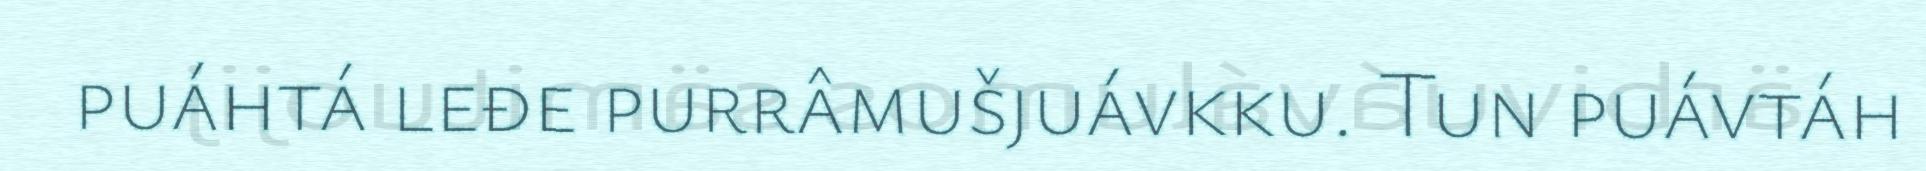
puáhtá leđe purrâmušjuávkku. Tun puávtáh